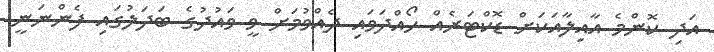
އަދި ކޮންމެ އާއިލާއަކަށް ޑޮކްޓަރެއް ހޯއްދަވައި ދެއްވުމަށް ވީ ވައުދުގެ ބަދަލުގައި ފެންނަނީ